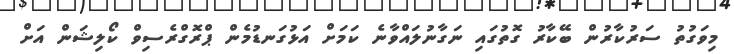
މިވަގުތު ސަރުކާރުން ބޭކާރު ގޮތުގައި ނަގާނުލައްވާނެ ކަމަށް އަޅުގަނޑުމެން ޕްރޮގްރެސިވް ކޯލިޝަން އަށް